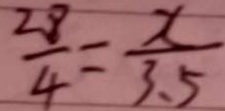
\frac { 2 8 } { 4 } = \frac { x } { 3 . 5 }